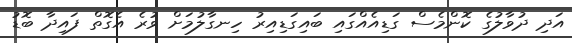
އަދި ދުވާލުގެ ކޮންމެސް ގަޑިއެއްގައި ބައިގަޑިއިރު ހިނގާލުމަށް ވުރެ އެގޮތް ފައިދާ ބޮޑު